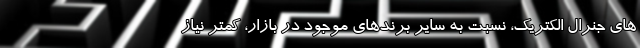
های جنرال الکتریک، نسبت به سایر برندهای موجود در بازار، کمتر نیاز